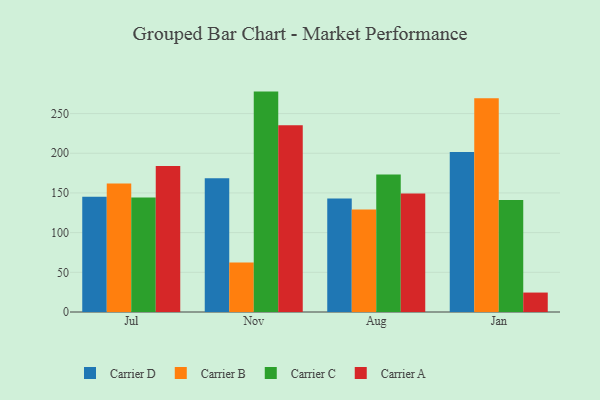
{"axis": {"x": "Month", "y": "Revenue (USD Million)"}, "legend": ["Carrier A", "Carrier B", "Carrier C", "Carrier D"], "data": [{"x": "Jul", "y": 145.2, "type": "Carrier D"}, {"x": "Jul", "y": 161.8, "type": "Carrier B"}, {"x": "Jul", "y": 144.2, "type": "Carrier C"}, {"x": "Jul", "y": 183.9, "type": "Carrier A"}, {"x": "Nov", "y": 168.4, "type": "Carrier D"}, {"x": "Nov", "y": 62.4, "type": "Carrier B"}, {"x": "Nov", "y": 277.7, "type": "Carrier C"}, {"x": "Nov", "y": 235.2, "type": "Carrier A"}, {"x": "Aug", "y": 142.9, "type": "Carrier D"}, {"x": "Aug", "y": 129.1, "type": "Carrier B"}, {"x": "Aug", "y": 173.1, "type": "Carrier C"}, {"x": "Aug", "y": 149.3, "type": "Carrier A"}, {"x": "Jan", "y": 201.7, "type": "Carrier D"}, {"x": "Jan", "y": 269.3, "type": "Carrier B"}, {"x": "Jan", "y": 141.0, "type": "Carrier C"}, {"x": "Jan", "y": 24.5, "type": "Carrier A"}]}